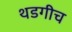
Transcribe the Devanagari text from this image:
थडगीच